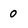
Character: 0